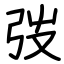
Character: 弢